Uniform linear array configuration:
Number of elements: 48
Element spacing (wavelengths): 0.25
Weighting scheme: kaiser
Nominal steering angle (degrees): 0
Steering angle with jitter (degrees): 0.6774
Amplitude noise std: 0.05
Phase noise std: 0.05

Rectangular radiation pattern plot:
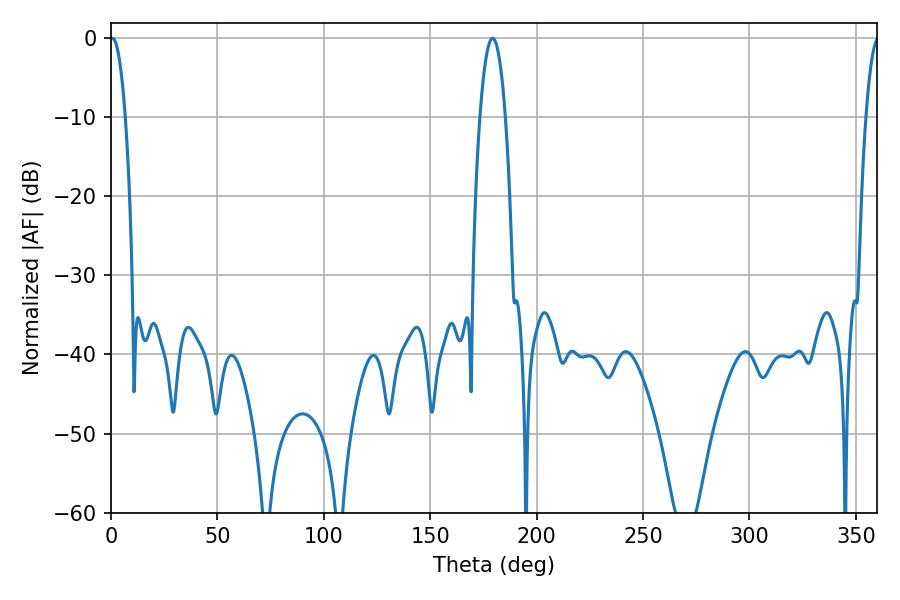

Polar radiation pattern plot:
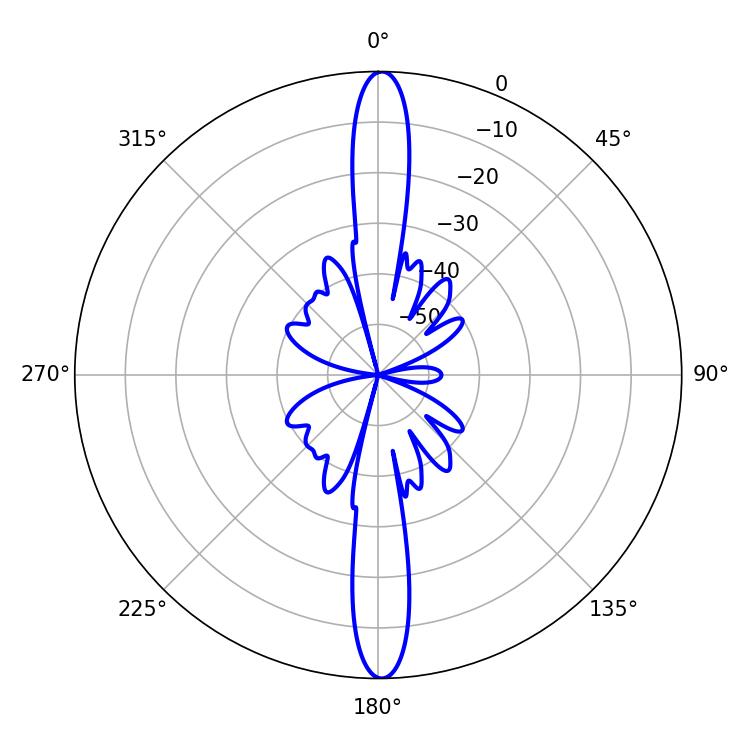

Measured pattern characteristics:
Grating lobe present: FALSE
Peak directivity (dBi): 28.257
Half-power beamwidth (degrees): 3.96
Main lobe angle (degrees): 0.72